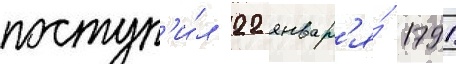
поступ'и́л 22 январ'я́ 1791